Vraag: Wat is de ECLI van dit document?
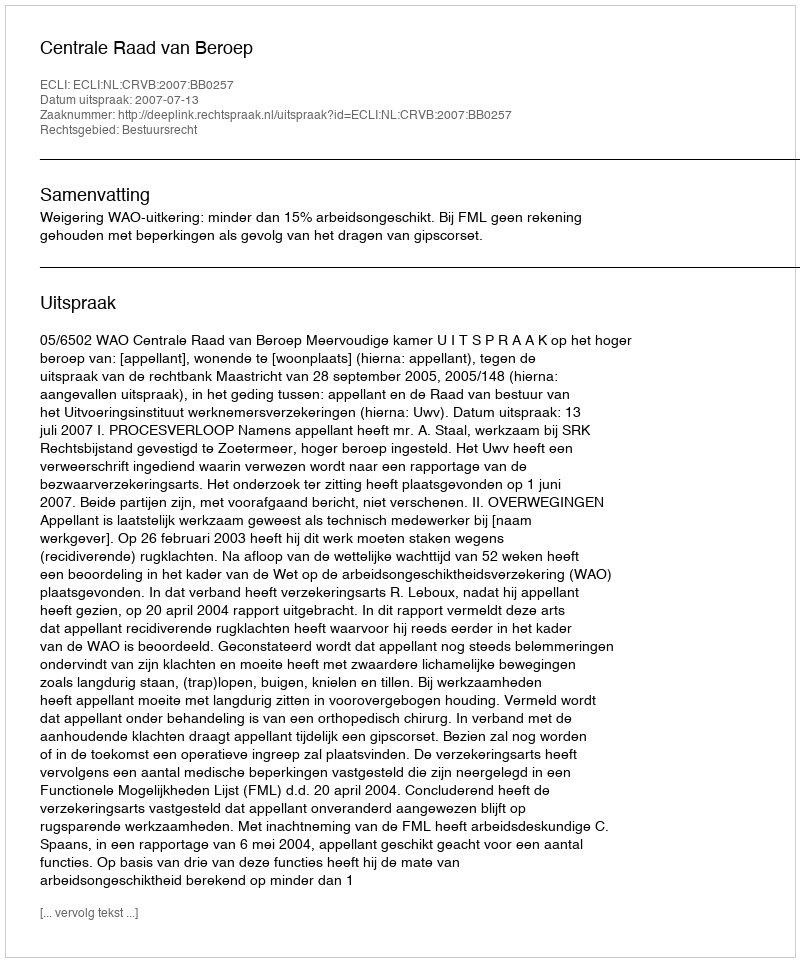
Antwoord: ECLI:NL:CRVB:2007:BB0257